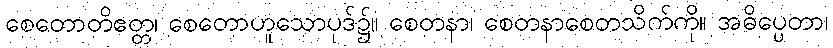
စေတောတိဧတ္တ၊ စေတောဟူသောပုဒ်၌။ စေတနာ၊ စေတနာစေတသိက်ကို။ အဓိပ္ပေတာ၊